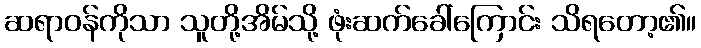
ဆရာဝန်ကိုသာ သူတို့အိမ်သို့ ဖုံးဆက်ခေါ်ကြောင်း သိရတော့၏။